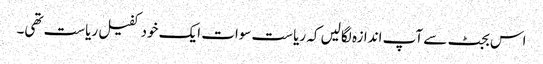
اس بجٹ سے آپ اندازہ لگالیں کہ ریاست سوات ایک خود کفیل ریاست تھی۔